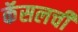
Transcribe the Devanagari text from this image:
कॅसलची